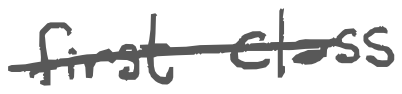
Text: first-class
Cross-out: single-line
Writing tool: digital_gray